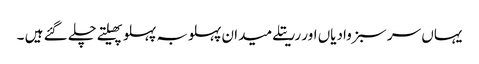
یہاں سر سبز وادیاں اور رریتلے میدان پہلوبہ پہلو پھیلتے چلے گئے ہیں ۔